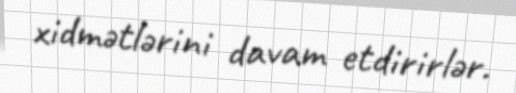
xidmətlərini davam etdirirlər.